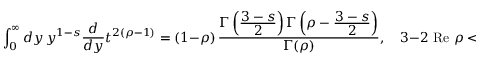
\int _ { 0 } ^ { \infty } d y \, y ^ { 1 - s } \frac { d } { d y } t ^ { 2 ( \rho - 1 ) } = ( 1 - \rho ) \, \frac { \Gamma \left( \frac { \displaystyle 3 - s } { \displaystyle 2 } \right) \Gamma \left( \rho - \frac { \displaystyle 3 - s } { \displaystyle 2 } \right) } { \Gamma ( \rho ) } , \quad 3 - 2 \mathrm { ~ R e ~ } \rho < \mathrm { ~ R e ~ } s < 3 .